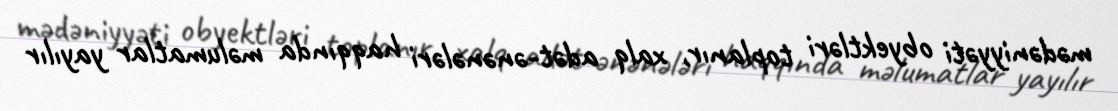
mədəniyyəti obyektləri toplanır, xalq adət-ənənələri haqqında məlumatlar yayılır